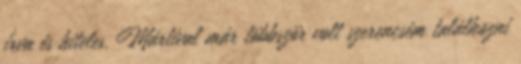
írva és hiteles. Mártival már többször volt szerencsém találkozni